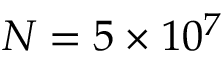
N = 5 \times 1 0 ^ { 7 }